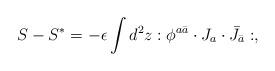
LaTeX: \begin{align*}S-S^{*}=-\epsilon \int d^2z :\phi^{a\bar a}\cdot J_a\cdot\bar J_{\bar a}:,\end{align*}